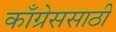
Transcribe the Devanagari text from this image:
काँग्रेससाठी